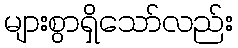
များစွာရှိသော်လည်း